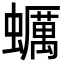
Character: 蠣